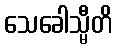
သေခေါသ္မီတိ